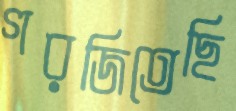
গরজিতেছি